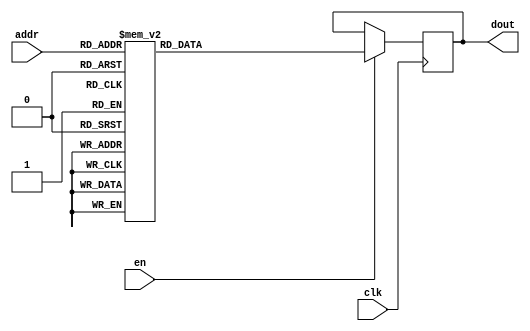
module EC_2_REF_ROM_7(
// inputs
clk,
en,
addr,
// outputs
dout
);
localparam ROM_WID = 14;
localparam ROM_DEP = 64;
localparam ROM_ADDR = 6;
// input definition
input clk;
input en;
input [ROM_ADDR-1:0] addr;
// output definition
output [ROM_WID-1:0] dout;
reg [ROM_WID-1:0] data;
always @(posedge clk)
begin
if (en) begin
case(addr)
		6'd0: data <= 14'b01001001000001;
		6'd1: data <= 14'b01001011010011;
		6'd2: data <= 14'b01001010110011;
		6'd3: data <= 14'b01000011110111;
		6'd4: data <= 14'b01001011001010;
		6'd5: data <= 14'b01001001101101;
		6'd6: data <= 14'b01001011100111;
		6'd7: data <= 14'b01000111011010;
		6'd8: data <= 14'b01001001010001;
		6'd9: data <= 14'b01000111000100;
		6'd10: data <= 14'b01000110011111;
		6'd11: data <= 14'b01001100001010;
		6'd12: data <= 14'b01001100011011;
		6'd13: data <= 14'b01001100000101;
		6'd14: data <= 14'b01001100000001;
		6'd15: data <= 14'b01001011001101;
		6'd16: data <= 14'b01001001101001;
		6'd17: data <= 14'b01000110110000;
		6'd18: data <= 14'b01001011011111;
		6'd19: data <= 14'b01001011101010;
		6'd20: data <= 14'b01001000000010;
		6'd21: data <= 14'b01001011010111;
		6'd22: data <= 14'b01001000101000;
		6'd23: data <= 14'b01001011010100;
		6'd24: data <= 14'b01001011001010;
		6'd25: data <= 14'b00111100001000;
		6'd26: data <= 14'b01001100010100;
		6'd27: data <= 14'b01001100100001;
		6'd28: data <= 14'b01001010111010;
		6'd29: data <= 14'b01001010111000;
		6'd30: data <= 14'b01000101111011;
		6'd31: data <= 14'b01001100000101;
		6'd32: data <= 14'b01001100101010;
		6'd33: data <= 14'b01001100100011;
		6'd34: data <= 14'b01001101111100;
		6'd35: data <= 14'b01001100111010;
		6'd36: data <= 14'b01001100010011;
		6'd37: data <= 14'b01001010100011;
		6'd38: data <= 14'b01001010101110;
		6'd39: data <= 14'b01001010101110;
		6'd40: data <= 14'b01001100011110;
		6'd41: data <= 14'b01001000011011;
		6'd42: data <= 14'b01001011110000;
		6'd43: data <= 14'b01000111101001;
		6'd44: data <= 14'b01001010111101;
		6'd45: data <= 14'b01000110111000;
		6'd46: data <= 14'b01001100001111;
		6'd47: data <= 14'b01000111001110;
		6'd48: data <= 14'b01001010011011;
		6'd49: data <= 14'b01001000100100;
		6'd50: data <= 14'b01001011101000;
		6'd51: data <= 14'b01001001101111;
		6'd52: data <= 14'b01001000011100;
		6'd53: data <= 14'b01001100101100;
		6'd54: data <= 14'b01000110001100;
		6'd55: data <= 14'b01001010001110;
		6'd56: data <= 14'b01000001001000;
		6'd57: data <= 14'b01001011001110;
		6'd58: data <= 14'b01001000101110;
		6'd59: data <= 14'b01000010110000;
		6'd60: data <= 14'b01001000110101;
		6'd61: data <= 14'b01001010011101;
		6'd62: data <= 14'b01001010011000;
		6'd63: data <= 14'b01001011100011;
		endcase
		end
	end
	assign dout = data;
endmodule